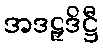
အဒဠှဒိဋ္ဌီ